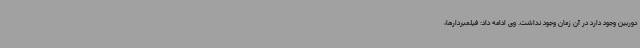
دوربین وجود دارد در آن زمان وجود نداشت. وی ادامه داد: فیلمبردارها،